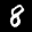
Label: 8